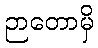
ဉာတောမှိ